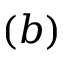
( b )